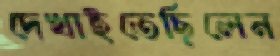
দেখাইতেছিলেন